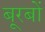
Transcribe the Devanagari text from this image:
बूरबों